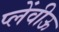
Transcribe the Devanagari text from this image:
प्लेंवीऊ